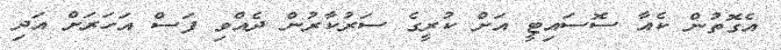
އެގޮތުން ކެއާ ސޮސައިޓީ އަށް ކުރީގެ ސަރުކާރުން ދެއްވި ފަސް އަހަރަށް އަދި